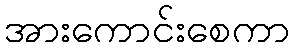
အားကောင်းစေကာ